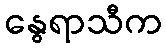
နွေရာသီက